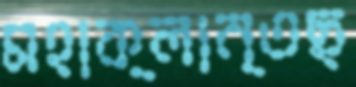
মহাক্লান্তছ